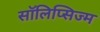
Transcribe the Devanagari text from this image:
सॉलिप्सिज्म